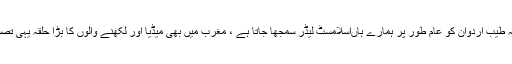
اب یہی دیکھ لیں کہ طیب اردوان کو عام طور پر ہمارے ہاںاسلامسٹ لیڈر سمجھا جاتا ہے ، مغرب میں بھی میڈیا اور لکھنے والوں کا بڑا حلقہ یہی تصویر پینٹ کرتا ہے۔